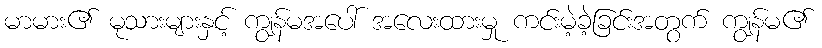
မာမား၏ မုသားများနှင့် ကျွန်မအပေါ် အလေးထားမှု ကင်းမဲ့ခဲ့ခြင်းအတွက် ကျွန်မ၏